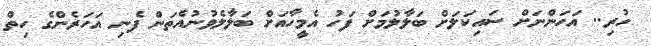
ހުރި.. އަހަންނަށް ސައިކަލަށް ބަލާލުމަށް ފަހު އެމީހާއަށް ބަލާލެވުނުއެތަން ފެނި އަހަރެންގެ ހިތް